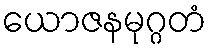
ယောဇနမုဂ္ဂတံ